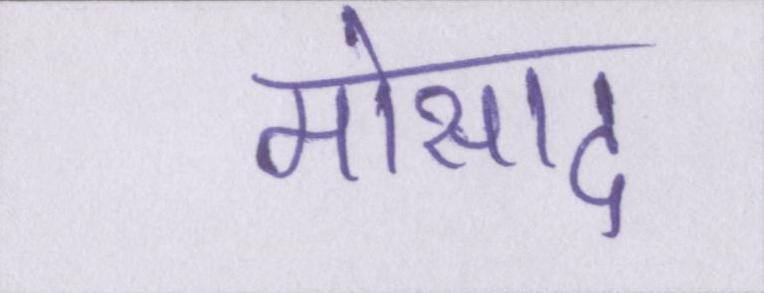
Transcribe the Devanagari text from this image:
मोसाद